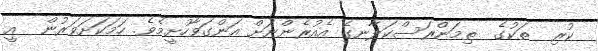
ކުރި  ތަކުގެ  ތިމަންރަސްކަލާނގެ އެއުރެންނަށް އަންގަވާހުށީމެވެ. ހަމަކަށަވަރުން  އީ